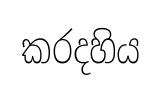
කරදහිය